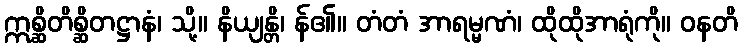
ဣစ္ဆိတိစ္ဆိတဋ္ဌာနံ၊ သို့။ နိယျန္တိ၊ န်၏။ တံတံ အာရမ္မဏံ၊ ထိုထိုအာရုံကို။ ဝနတိ